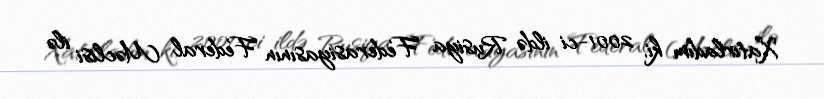
Xatırladım ki, 2001-ci ildə Rusiya Federasiyasının Federal Məclisi ilə